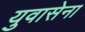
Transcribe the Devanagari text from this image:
युवासेना